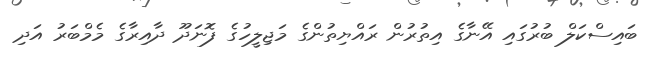
ބައިސްކަލް ބުރުގައި އޭނާގެ އިތުރުން ރައްޔިތުންގެ މަޖިލީހުގެ ފޮނަދޫ ދާއިރާގެ މެމްބަރު އަދި